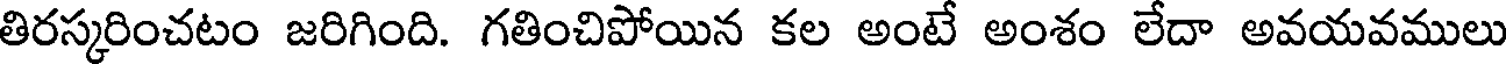
తిరస్కరించటం జరిగింది. గతించిపోయిన కల అంటే అంశం లేదా అవయవములు